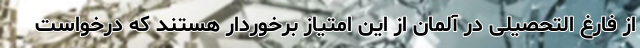
از فارغ التحصیلی در آلمان از این امتیاز برخوردار هستند که درخواست